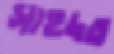
সাহদত